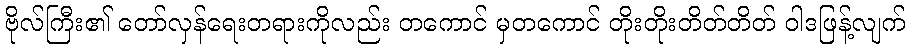
ဗိုလ်ကြီး၏ တော်လှန်ရေးတရားကိုလည်း တကောင် မှတကောင် တိုးတိုးတိတ်တိတ် ဝါဒဖြန့်လျက်